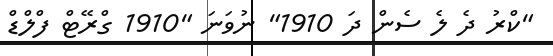
"ކްރު ދެ ލެ ސެން ދަ 1910" ނުވަނަ "1910 ގްރޭޓް ފްލްޑް